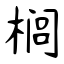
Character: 榈